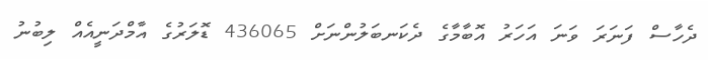
ދެހާސް ފަނަރަ ވަނަ އަހަރު އޮބާމާގެ ދެކަނބަލުންނަށް 436065 ޑޮލަރުގެ އާމްދަނީއެއް ލިބުނު